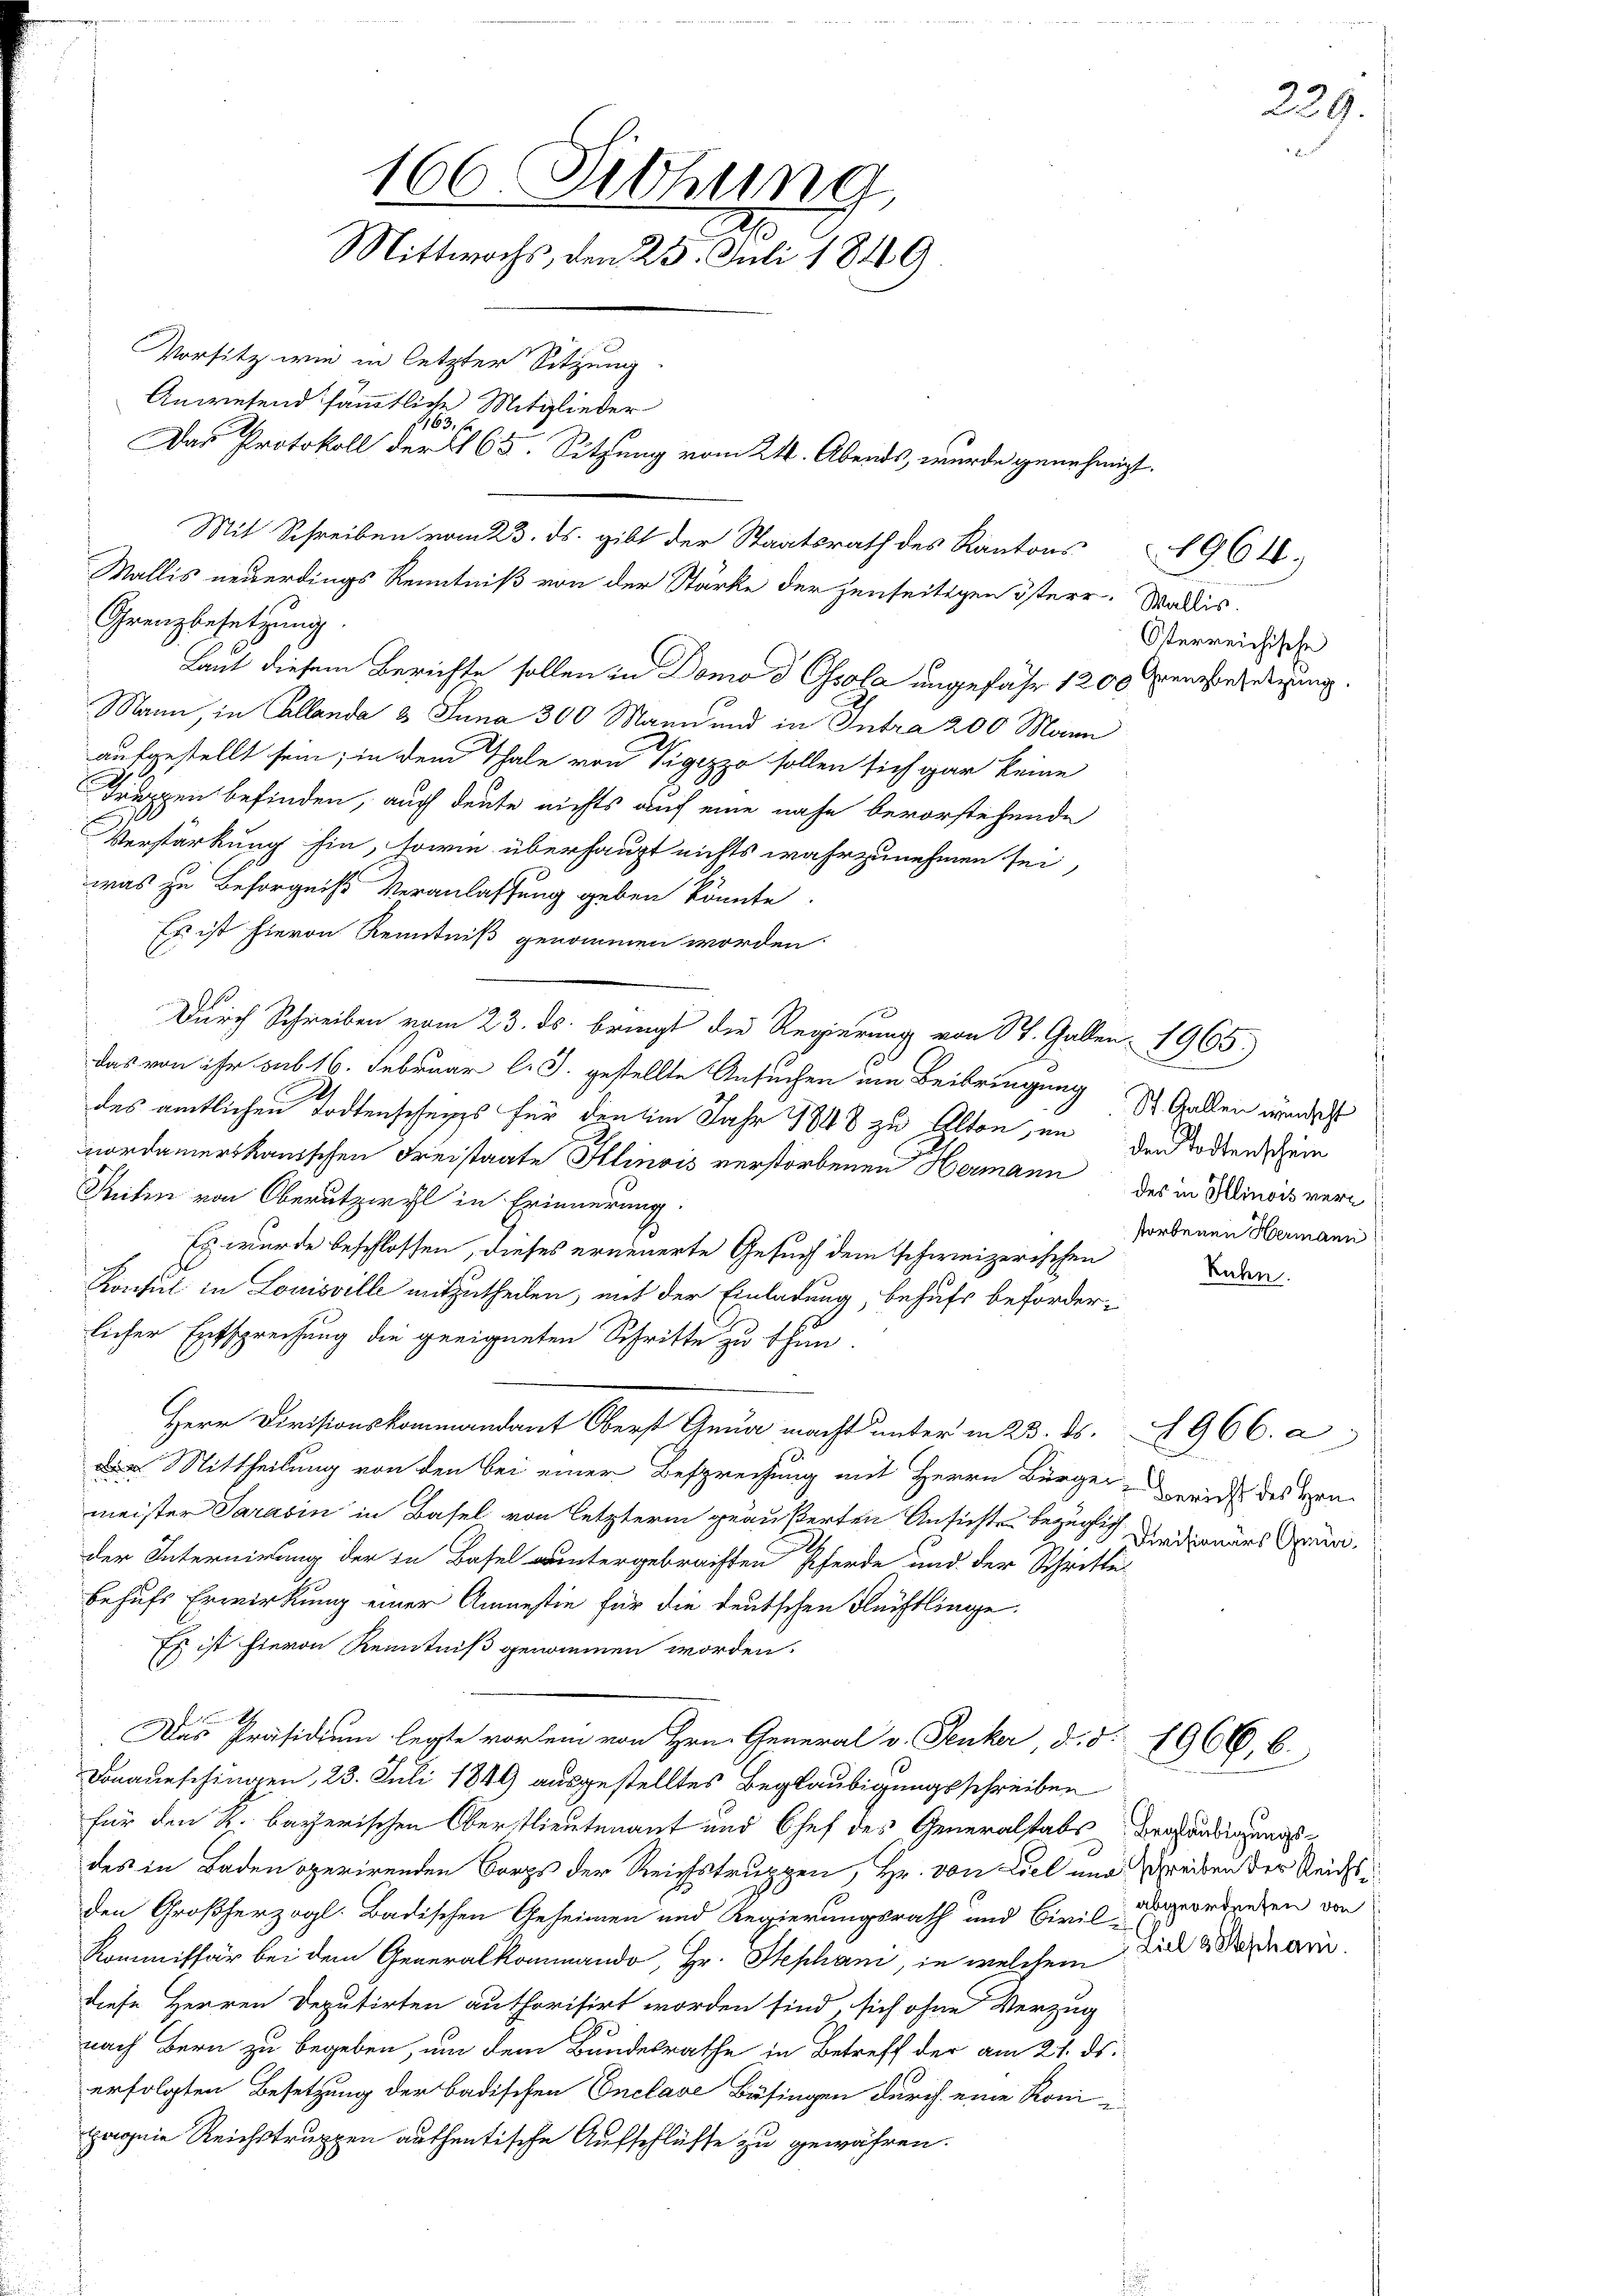
166. Sitzung
Mittwochs, den 25. Juli 18169
Vorsitz wie in letzter Sitzung.
Anwesend sämmtliche Mitglieder-
163.
Das Protokoll der § 65. Sitzung vom 21. Abends, wurde genehmigt.

Grenzbesetzung.
Laut diesem Berichte sollen in Domo d Osola ungefähr 1200 Grenzbesetzung.
Mann, in Collanda 3 Juna 300 Mann und in Intra 200 Mann
aufgestellt sein; in den Thale von Vigezzo sollen sich gar keine
Truppen befinden, auch deute nichts auf eine nahe bevorstehende
Verstärkung sie, sowie überhaupt nichts wahrzunehmen sei,
was zu Besorgniß Veranlassung geben könnte.
Es ist hievon Kenntniß genommen worden
Durch Schreiben vom 23. ds. bringt die Regierung von St. Gallen 1965)
das von ihr sub 16. Februar l. J. gestellte Ansuchen um Beibringung 1 Gallen werde
des amtlichen Todtenschens für den im Jahr 1848 zu Alten, in den Todtenschein
nordamerikanischen Freistaate Illinois verstorbenen Hermann des in Minois ver¬
Reten von Oberutzwyl in Erinnerung.
Es wurde beschlossen, dieses erneuerte Gesuch dem schweizerischen
Konsul in Louisville mitzutheilen, mit der Einladung, behufs beförderlicher Entsprechung die geeigneten Schritte zu thun.
Herr Divisionskommandant Oberst Gena macht unter m 23. ds. A 966. a
e
Der Mittheilung von den bei einer Besprechung mit Herrn Bürger, Gericht des Hrn.
meister Saravin in Basel von letzterm geäußerten Ansichtes bezüglich Ferdinars Sr.
der Internirung der in Basel untergebrachten Pferde und der Schritte
behufs Erwirkung einer Anmestie für die deutschen Flüchtlinge.
Es ist hievon Kenntniß genommen worden.
Das Präsidium legte vorlein von Hrn. General v. Fenker, d. d. 1966. 6
Donaueschingen, 23. Juli 1849 ausgestelltes Beglaubigungsschreiben
für den k. bayerischen Oberstlieutenant und Chef des Generalstabs Broshändigungsdes in Baden operirenden Borps der Reichstruppen, Hr. von Ziel und Greiben der Reichsden Großherzogl. Badischen Geheimen und Regierungsrath und Civil-ausordneten von
Kommissär bei dem Generalkommando, Hr. Stephani, in welchem Ziel ernarii.
diese Herren Deputirten authorisirt worden sind, sich ohne Verzug
nach Bern zu begeben, um dem Bundesrathe in Betreff der am 21. ds.
erfolgten Besetzung der badischen Onclave Besingen durch eine Roni-
pagnie Reichstruppen authentische Aufschlüsse zu gewähren.

Mit Schreiben vom 23. ds. gibt der Staatsrath des Kantons
Wallis neuerdings Kenntniß von der Stärke der jenseitigen österr. Wallis.

Österreichische

1964.)

storbenen Hermann

Ruhn

229.